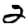
Digit: 2